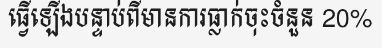
ធ្វើឡើងបន្ទាប់ពីមានការធ្លាក់ចុះចំនួន 20%